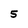
Character: 5